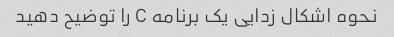
نحوه اشکال زدایی یک برنامه C را توضیح دهید